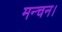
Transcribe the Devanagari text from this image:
मन्चन।